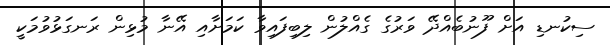
ސިކުނޑި އަށް ފޫނުބެއްދޭ ވަރުގެ ގެއްލުން ލިބިފައިވާ ކަމަށާއި އޭނާ މުޅިން ރަނގަޅުވުމަކީ